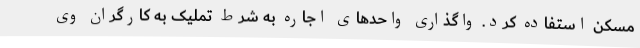
مسکن استفاده کرد. واگذاری واحدهای اجاره به شرط تملیک به کارگران وی